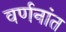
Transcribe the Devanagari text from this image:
वर्णनांत